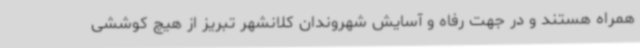
همراه هستند و در جهت رفاه و آسایش شهروندان کلانشهر تبریز از هیچ کوششی